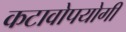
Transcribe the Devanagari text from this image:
कटावोपयोगी